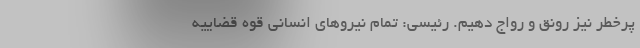
پُرخطر نیز رونق و رواج دهیم. رئیسی: تمام نیروهای انسانی قوه قضاییه